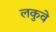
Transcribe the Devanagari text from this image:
लकुवे